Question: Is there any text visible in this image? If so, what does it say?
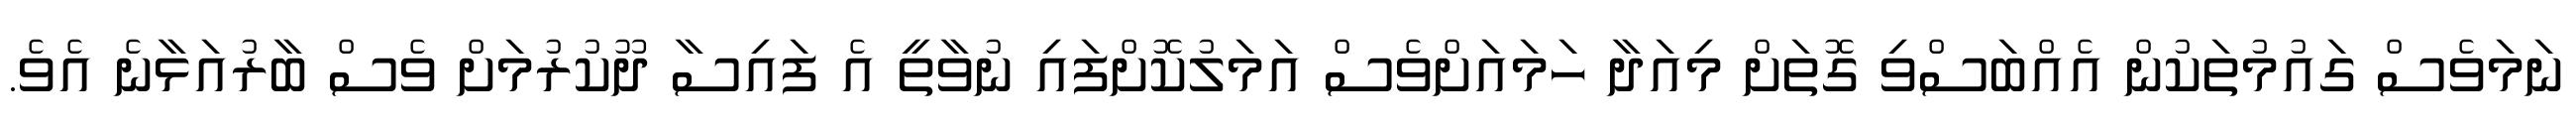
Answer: ނަމަވެސް ގައުމުތަކުން އެއްބަސްވި ގޮތަށް މިއަދާ ހަމައަށްވެސް އަމަލުކޮށްފައި ނުވާތީ އެ ފައިސާ ދޫކުރުމަށް ވެސް ބާރުއަޅާނެ އެވެ.